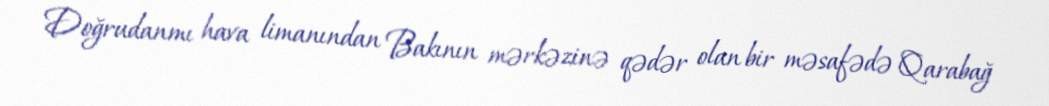
Doğrudanmı hava limanından Bakının mərkəzinə qədər olan bir məsafədə Qarabağ